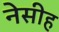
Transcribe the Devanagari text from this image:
नेसीह